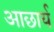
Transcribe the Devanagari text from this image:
आछार्य